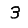
Digit: 3